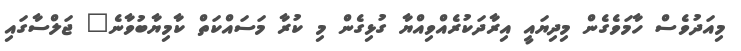
މިއަދުވެސް ހާމަވެގެން މިދިޔައީ އިރާދަކުރެއްވިއްޔާ ގުޅިގެން މި ކުރާ މަސައްކަތް ކާމިޔާބުވާނެ" ޖަލްސާގައި